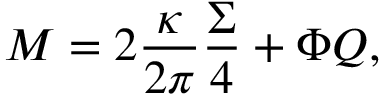
M = 2 \frac { \kappa } { 2 \pi } \frac { \Sigma } { 4 } + \Phi Q ,